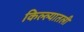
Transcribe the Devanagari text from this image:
किल्ल्यातली